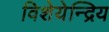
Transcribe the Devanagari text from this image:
विशेयेन्द्रिय